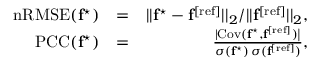
\begin{array} { r l r } { \mathrm { n R M S E } ( \mathbf { f } ^ { \star } ) } & { = } & { | | \mathbf { f } ^ { \star } - \mathbf { f } ^ { \mathrm { [ r e f ] } } | | _ { 2 } / | | \mathbf { f } ^ { \mathrm { [ r e f ] } } | | _ { 2 } , } \\ { \mathrm { P C C } ( \mathbf { f } ^ { \star } ) } & { = } & { \frac { \vert \mathrm { C o v ( \mathbf { f } ^ { \star } , \mathbf { f } ^ { \mathrm { [ r e f ] } } ) \vert } } { \sigma ( \mathbf { f } ^ { \star } ) \, \sigma ( \mathbf { f } ^ { \mathrm { [ r e f ] } } ) } , } \end{array}